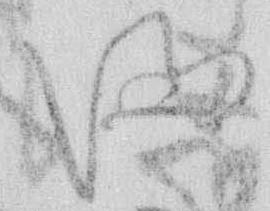
ま